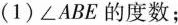
(1) ∠ABE 的度数；